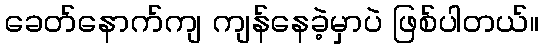
ခေတ်နောက်ကျ ကျန်နေခဲ့မှာပဲ ဖြစ်ပါတယ်။